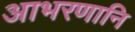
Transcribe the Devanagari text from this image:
आभरणानि